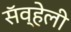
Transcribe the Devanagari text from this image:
सॅव्हेली